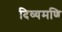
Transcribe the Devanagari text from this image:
दिव्यमणि